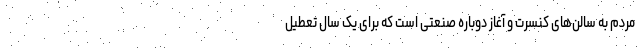
مردم به سالن‌های کنسرت و آغاز دوباره صنعتی است که برای یک سال تعطیل